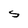
Character: S